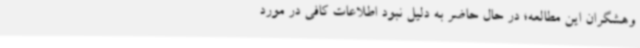
وهشگران این مطالعه؛ در حال حاضر به دلیل نبود اطلاعات کافی در مورد